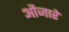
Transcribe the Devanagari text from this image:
औजारें